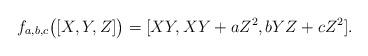
LaTeX: \begin{align*} f_{a,b,c}\bigl([X,Y,Z]\bigr)=[XY,XY+aZ^2,bYZ+cZ^2].\end{align*}